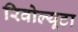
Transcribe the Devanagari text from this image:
रिवोल्यूटा